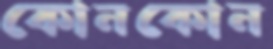
কোনকোন